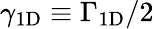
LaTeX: \gamma_{\mathrm{1D}}\equiv\Gamma_{\mathrm{1D}}/2